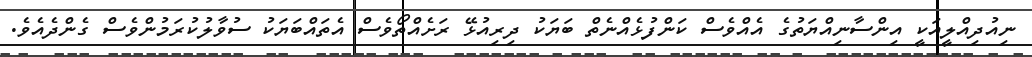
ނިއުދިއްލީއަކީ އިންސާނިއްޔަތުގެ އެއްވެސް ކަންފުޅެއްނެތް ބަޔަކު ދިރިއުޅޭ ރަށެއްތޯވެސް އެތައްބަޔަކު ސުވާލުކުރަމުންވެސް ގެންދެއެވެ.